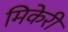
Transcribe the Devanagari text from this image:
मिकेरी